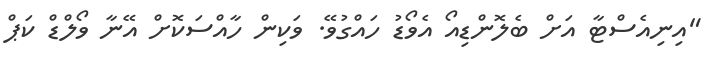
"އިނިއެސްޓާ އަށް ބެލޮންޑިއޯ އެވޯޑު ހައްގުވޭ. ވަކިން ހާއްސަކޮށް އޭނާ ވޯލްޑް ކަޕް